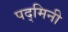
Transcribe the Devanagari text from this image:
पद्‌मिनी